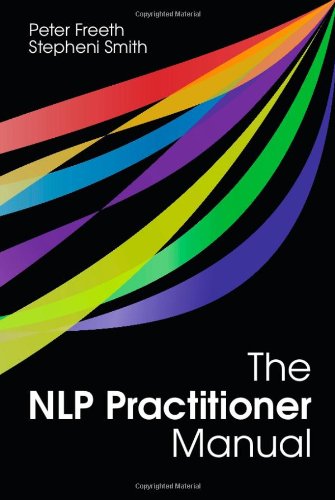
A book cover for The NLP Practitioner Manual; Peter Freeth; Self-Help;